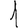
Digit: 1